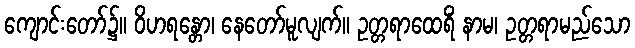
ကျောင်းတော်၌။ ဝိဟရန္တော၊ နေတော်မူလျက်။ ဥတ္တရာထေရိံ နာမ၊ ဥတ္တရာမည်သော